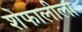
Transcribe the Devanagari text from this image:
शेफालीला